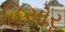
હિસોર